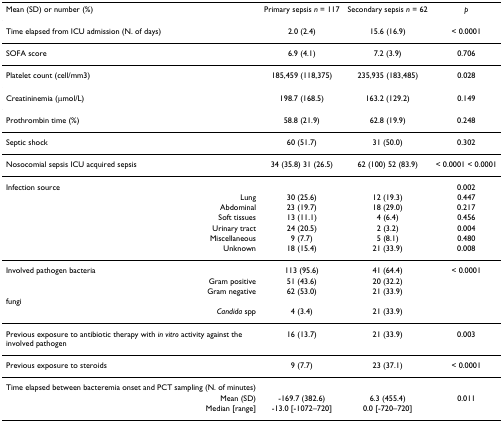
<table><thead><tr><td><b>Mean (SD) or number (%)</b></td><td><b>Primary sepsis <i>n </i>= 117</b></td><td><b>Secondary sepsis <i>n </i>= 62</b></td><td><b><i>p</i></b></td></tr></thead><tbody><tr><td>Time elapsed from ICU admission (N. of days)</td><td>2.0 (2.4)</td><td>15.6 (16.9)</td><td>&lt; 0.0001</td></tr><tr><td>SOFA score</td><td>6.9 (4.1)</td><td>7.2 (3.9)</td><td>0.706</td></tr><tr><td>Platelet count (cell/mm3)</td><td>185,459 (118,375)</td><td>235,935 (183,485)</td><td>0.028</td></tr><tr><td>Creatininemia (μmol/L)</td><td>198.7 (168.5)</td><td>163.2 (129.2)</td><td>0.149</td></tr><tr><td>Prothrombin time (%)</td><td>58.8 (21.9)</td><td>62.8 (19.9)</td><td>0.248</td></tr><tr><td>Septic shock</td><td>60 (51.7)</td><td>31 (50.0)</td><td>0.302</td></tr><tr><td>Nosocomial sepsis ICU acquired sepsis</td><td>34 (35.8) 31 (26.5)</td><td>62 (100) 52 (83.9)</td><td>&lt; 0.0001 &lt; 0.0001</td></tr><tr><td>Infection source</td><td></td><td></td><td>0.002</td></tr><tr><td>Lung</td><td>30 (25.6)</td><td>12 (19.3)</td><td>0.447</td></tr><tr><td>Abdominal</td><td>23 (19.7)</td><td>18 (29.0)</td><td>0.217</td></tr><tr><td>Soft tissues</td><td>13 (11.1)</td><td>4 (6.4)</td><td>0.456</td></tr><tr><td>Urinary tract</td><td>24 (20.5)</td><td>2 (3.2)</td><td>0.004</td></tr><tr><td>Miscellaneous</td><td>9 (7.7)</td><td>5 (8.1)</td><td>0.480</td></tr><tr><td>Unknown</td><td>18 (15.4)</td><td>21 (33.9)</td><td>0.008</td></tr><tr><td>Involved pathogen bacteria</td><td>113 (95.6)</td><td>41 (64.4)</td><td>&lt; 0.0001</td></tr><tr><td>Gram positive</td><td>51 (43.6)</td><td>20 (32.2)</td><td></td></tr><tr><td>Gram negative</td><td>62 (53.0)</td><td>21 (33.9)</td><td></td></tr><tr><td>fungi</td><td></td><td></td><td></td></tr><tr><td><i>Candida </i>spp</td><td>4 (3.4)</td><td>21 (33.9)</td><td></td></tr><tr><td>Previous exposure to antibiotic therapy with <i>in vitro </i>activity against the involved pathogen</td><td>16 (13.7)</td><td>21 (33.9)</td><td>0.003</td></tr><tr><td>Previous exposure to steroids</td><td>9 (7.7)</td><td>23 (37.1)</td><td>&lt; 0.0001</td></tr><tr><td>Time elapsed between bacteremia onset and PCT sampling (N. of minutes)</td><td></td><td></td><td></td></tr><tr><td>Mean (SD)</td><td>-169.7 (382.6)</td><td>6.3 (455.4)</td><td>0.011</td></tr><tr><td>Median [range]</td><td>-13.0 [-1072–720]</td><td>0.0 [-720–720]</td><td></td></tr></tbody></table>